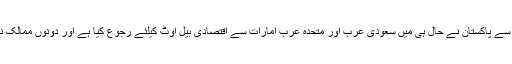
مخدوش معاشی صورتحال کی وجہ سے پاکستان نے حال ہی میں سعودی عرب اور متحدہ عرب امارات سے اقتصادی بیل آوٹ کیلئے رجوع کیا ہے اور دونوں ممالک نے امداد دینے کے وعدے کیے ہیں۔